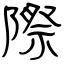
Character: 際